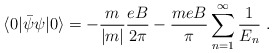
\begin{align*}\langle 0 | {\bar {\psi}} \psi | 0 \rangle = - \frac {m} {|m|} \frac {eB} {2 \pi} - \frac {meB} {\pi} \sum_{n=1}^{\infty} \frac {1} {E_n} \; .\end{align*}